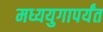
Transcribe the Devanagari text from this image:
मध्ययुगापर्यंत